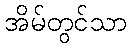
အိမ်တွင်သာ